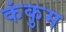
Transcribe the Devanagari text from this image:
कंकुम